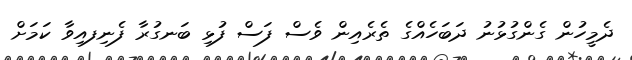
ދެމީހުން ގެންގުޅުނު ދަބަހެއްގެ ތެރެއިން ވެސް ފަސް ފުޅި ބަނގުރާ ފެނިފއިވާ ކަމަށް